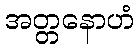
အတ္တနောဟံ